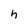
Character: h